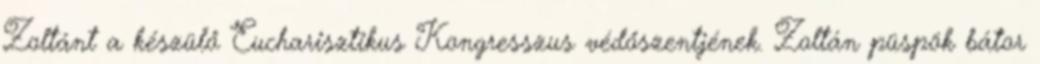
Zoltánt a készülő Eucharisztikus Kongresszus védőszentjének. Zoltán püspök bátor